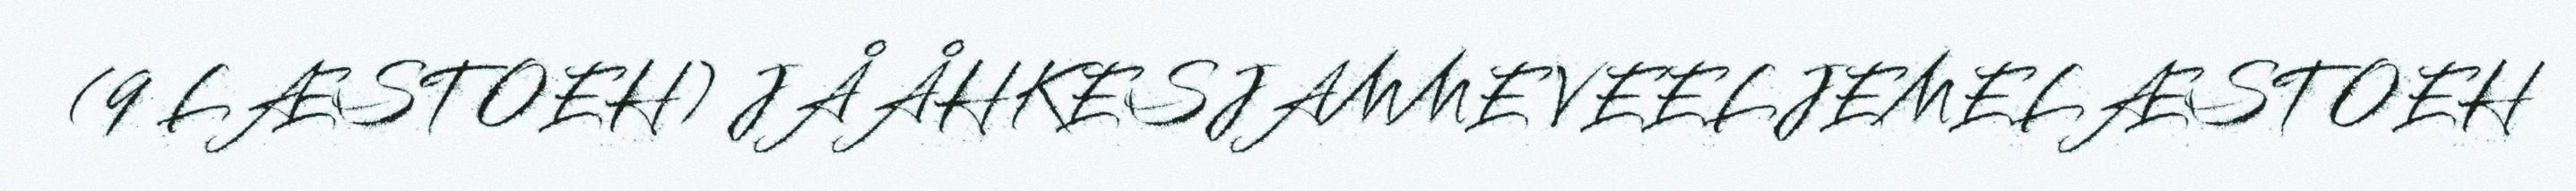
(9 LÆSTOEH) JÅÅHKESJAMME VEELJEMELÆSTOEH